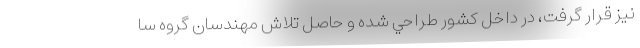
نیز قرار گرفت، در داخل کشور طراحي شده و حاصل تلاش مهندسان گروه سا